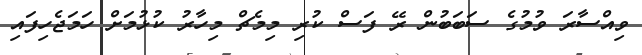
ވިއްސާރަ ވުމުގެ ސަބަބުން ރޭ ފަސް ކުރި މިމެޗް މިހާރު ކުޅުމަށް ހަމަޖެހިފައި